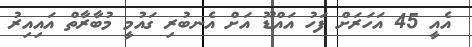
އެއީ 45 އަހަރަށް ފަހު އައްޑޫ އަށް އެނބުރި ގައުމީ މުބާރާތް އައިއިރު